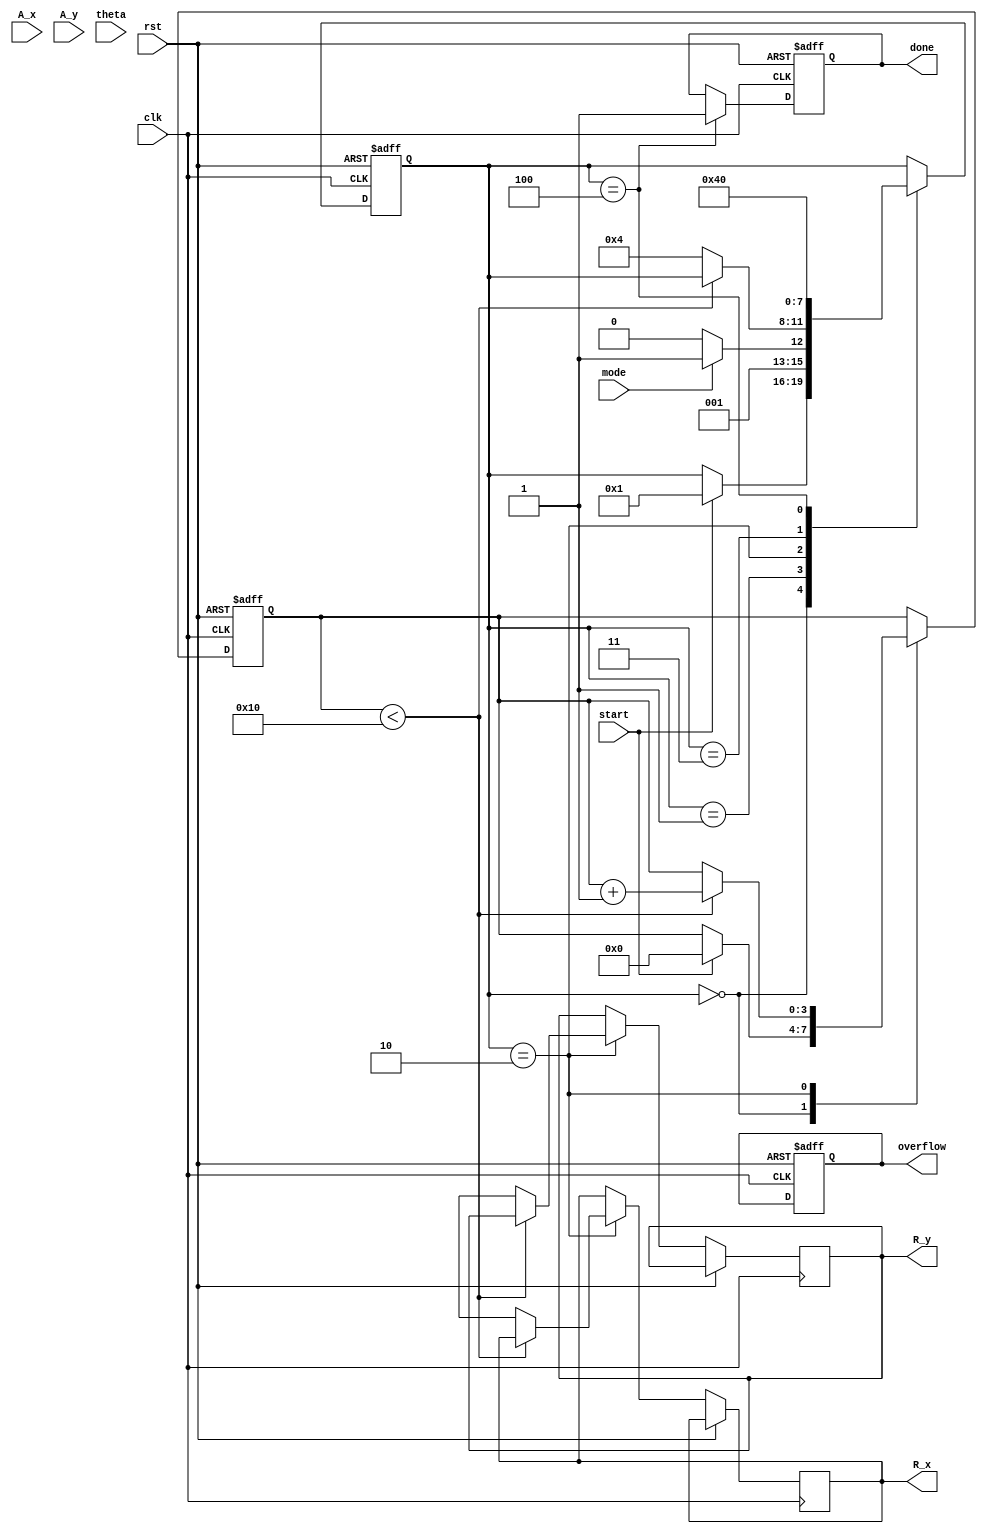
module cordic (
    input wire clk,
    input wire rst,
    input wire start,
    input wire [15:0] A_x, // Fixed-point representation of vector A's x-component
    input wire [15:0] A_y, // Fixed-point representation of vector A's y-component
    input wire [15:0] theta, // Angle for rotation
    input wire mode, // 0 for rotation, 1 for vectoring
    output reg [15:0] R_x, // Resultant x-component
    output reg [15:0] R_y, // Resultant y-component
    output reg done, // Operation completion signal
    output reg overflow // Overflow detection signal
);

    // Parameters
    parameter NUM_ITERATIONS = 16; // Number of iterations for CORDIC
    parameter FIXED_POINT_SCALE = 16'h4000; // Scaling factor for fixed-point representation

    // Internal signals
    reg [15:0] x [0:NUM_ITERATIONS-1]; // x components
    reg [15:0] y [0:NUM_ITERATIONS-1]; // y components
    reg [15:0] z [0:NUM_ITERATIONS-1]; // angle values
    reg [3:0] state; // FSM state
    reg [3:0] iteration; // Iteration counter

    // FSM states
    localparam IDLE = 4'b0000,
               INIT = 4'b0001,
               ROTATE = 4'b0010,
               VECTOR = 4'b0011,
               DONE = 4'b0100;

    // Precomputed angle values for CORDIC
    initial begin
        z[0] = 16'h0000; // atan(2^0)
        z[1] = 16'h26DD; // atan(2^-1)
        z[2] = 16'h1C71; // atan(2^-2)
        z[3] = 16'h14AE; // atan(2^-3)
        z[4] = 16'h0F32; // atan(2^-4)
        z[5] = 16'h0C90; // atan(2^-5)
        z[6] = 16'h0A3D; // atan(2^-6)
        z[7] = 16'h088B; // atan(2^-7)
        z[8] = 16'h0707; // atan(2^-8)
        z[9] = 16'h05B3; // atan(2^-9)
        z[10] = 16'h047A; // atan(2^-10)
        z[11] = 16'h03C9; // atan(2^-11)
        z[12] = 16'h0324; // atan(2^-12)
        z[13] = 16'h028B; // atan(2^-13)
        z[14] = 16'h0216; // atan(2^-14)
        z[15] = 16'h01B7; // atan(2^-15)
    end

    // FSM for controlling the CORDIC operation
    always @(posedge clk or posedge rst) begin
        if (rst) begin
            state <= IDLE;
            done <= 0;
            overflow <= 0;
            iteration <= 0;
        end else begin
            case (state)
                IDLE: begin
                    if (start) begin
                        state <= INIT;
                        iteration <= 0;
                        x[0] <= A_x;
                        y[0] <= A_y;
                    end
                end
                INIT: begin
                    if (mode == 0) begin // Rotation mode
                        state <= ROTATE;
                    end else begin // Vectoring mode
                        state <= VECTOR;
                    end
                end
                ROTATE: begin
                    if (iteration < NUM_ITERATIONS) begin
                        // CORDIC rotation logic
                        if (theta < 0) begin
                            x[iteration + 1] <= x[iteration] + (y[iteration] >> iteration);
                            y[iteration + 1] <= y[iteration] - (x[iteration] >> iteration);
                            theta <= theta + z[iteration];
                        end else begin
                            x[iteration + 1] <= x[iteration] - (y[iteration] >> iteration);
                            y[iteration + 1] <= y[iteration] + (x[iteration] >> iteration);
                            theta <= theta - z[iteration];
                        end
                        iteration <= iteration + 1;
                    end else begin
                        R_x <= x[NUM_ITERATIONS];
                        R_y <= y[NUM_ITERATIONS];
                        state <= DONE;
                    end
                end
                VECTOR: begin
                    // Vectoring logic (similar to rotation)
                    // Implement vectoring logic here
                    // For simplicity, this part is omitted
                    state <= DONE; // Placeholder
                end
                DONE: begin
                    done <= 1;
                    state <= IDLE; // Reset to IDLE after completion
                end
            endcase
        end
    end

endmodule